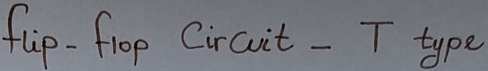
Text: flip-flop Circuit -T type